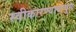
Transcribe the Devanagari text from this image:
स्वीकारण्यावाचून